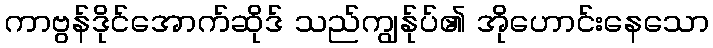
ကာဗွန်ဒိုင်အောက်ဆိုဒ် သည်ကျွန်ုပ်၏ အိုဟောင်းနေသော